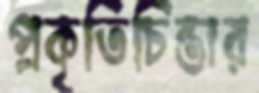
প্রকৃতিচিন্তার